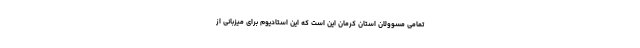
تمامی مسوولان استان کرمان این است که این استادیوم برای میزبانی از